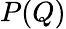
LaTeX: P(Q)